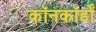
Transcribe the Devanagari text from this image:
कॉनकॉर्डों